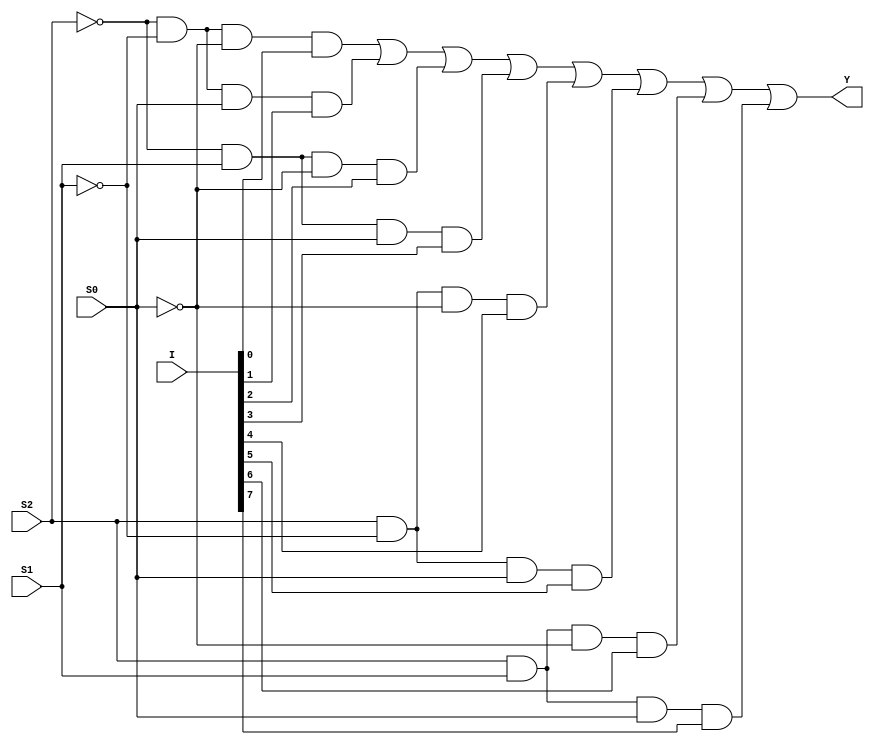
module mux_8_to_1_str(Y, I, S2, S1, S0);
output Y; input [7:0]I; input S2, S1, S0;
wire y1, y2, y3, y4, y5, y6, y7, y8, y9, y10, y11;
not g1(y1, S2); not g2(y2, S1); not g3(y3, S0);
and g4(y4, y1, y2, y3, I[0]);
and g5(y5, y1, y2, S0, I[1]);
and g6(y6, y1, S1, y3, I[2]);
and g7(y7, y1, S1, S0, I[3]);
and g8(y8, S2, y2, y3, I[4]);
and g9(y9, S2, y2, S0, I[5]);
and g10(y10, S2, S1, y3, I[6]);
and g11(y11, S2, S1, S0, I[7]);
or g12(Y, y4, y5, y6, y7, y8, y9, y10, y11);
endmodule